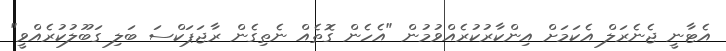
އެޓާނީ ޖެނެރަލް އެކަމަށް އިންކާރުކުރެއްވުމުން "އެހެން ގޮތެއް ނެތިގެން ރާޖަޕަކްސަ ބަލި ގަބޫލުކުރެއްވީ"